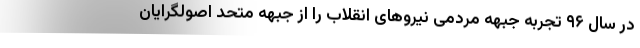
در سال ۹۶ تجربه جبهه مردمی نیروهای انقلاب را از جبهه متحد اصولگرایان